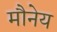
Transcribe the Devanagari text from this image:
मौनेय